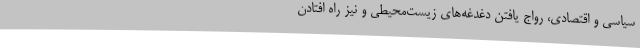
سیاسی و اقتصادی، رواج یافتن دغدغه‌های زیست‌محیطی و نیز راه‌ افتادن